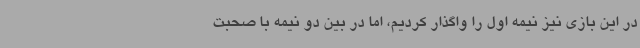
در این بازی نیز نیمه اول را واگذار کردیم، اما در بین دو نیمه با صحبت